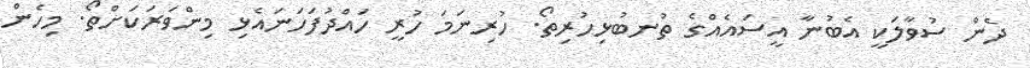
ދެން ސުވާލަކީ އެބުނާ އީސައެއްގެ ތުނބުޅިހުރިތޯ. ހުރިނަމަ ހުރީ ހައްދުފަހަނައެޅި މިންވަރަކަށްތޯ. މިހެން